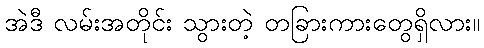
အဲဒီ လမ်းအတိုင်း သွားတဲ့ တခြားကားတွေရှိလား။